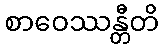
စာဝေဿန္တီတိ